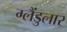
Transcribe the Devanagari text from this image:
ग्लैंडुलार